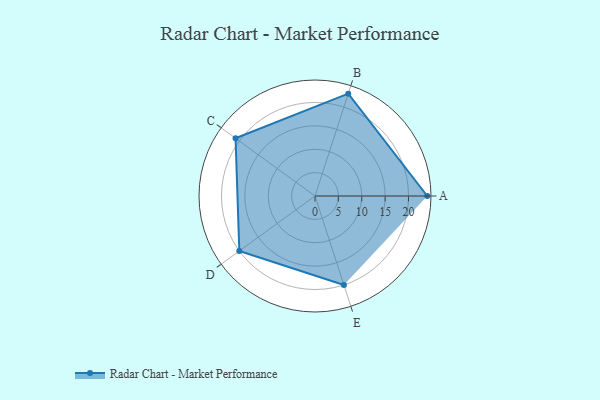
{"axis": {"x": "Skill", "y": "Score"}, "legend": ["Profile"], "data": [{"x": "A", "y": 24.0, "type": "Profile"}, {"x": "B", "y": 23.0, "type": "Profile"}, {"x": "C", "y": 21.0, "type": "Profile"}, {"x": "D", "y": 20, "type": "Profile"}, {"x": "E", "y": 20, "type": "Profile"}]}